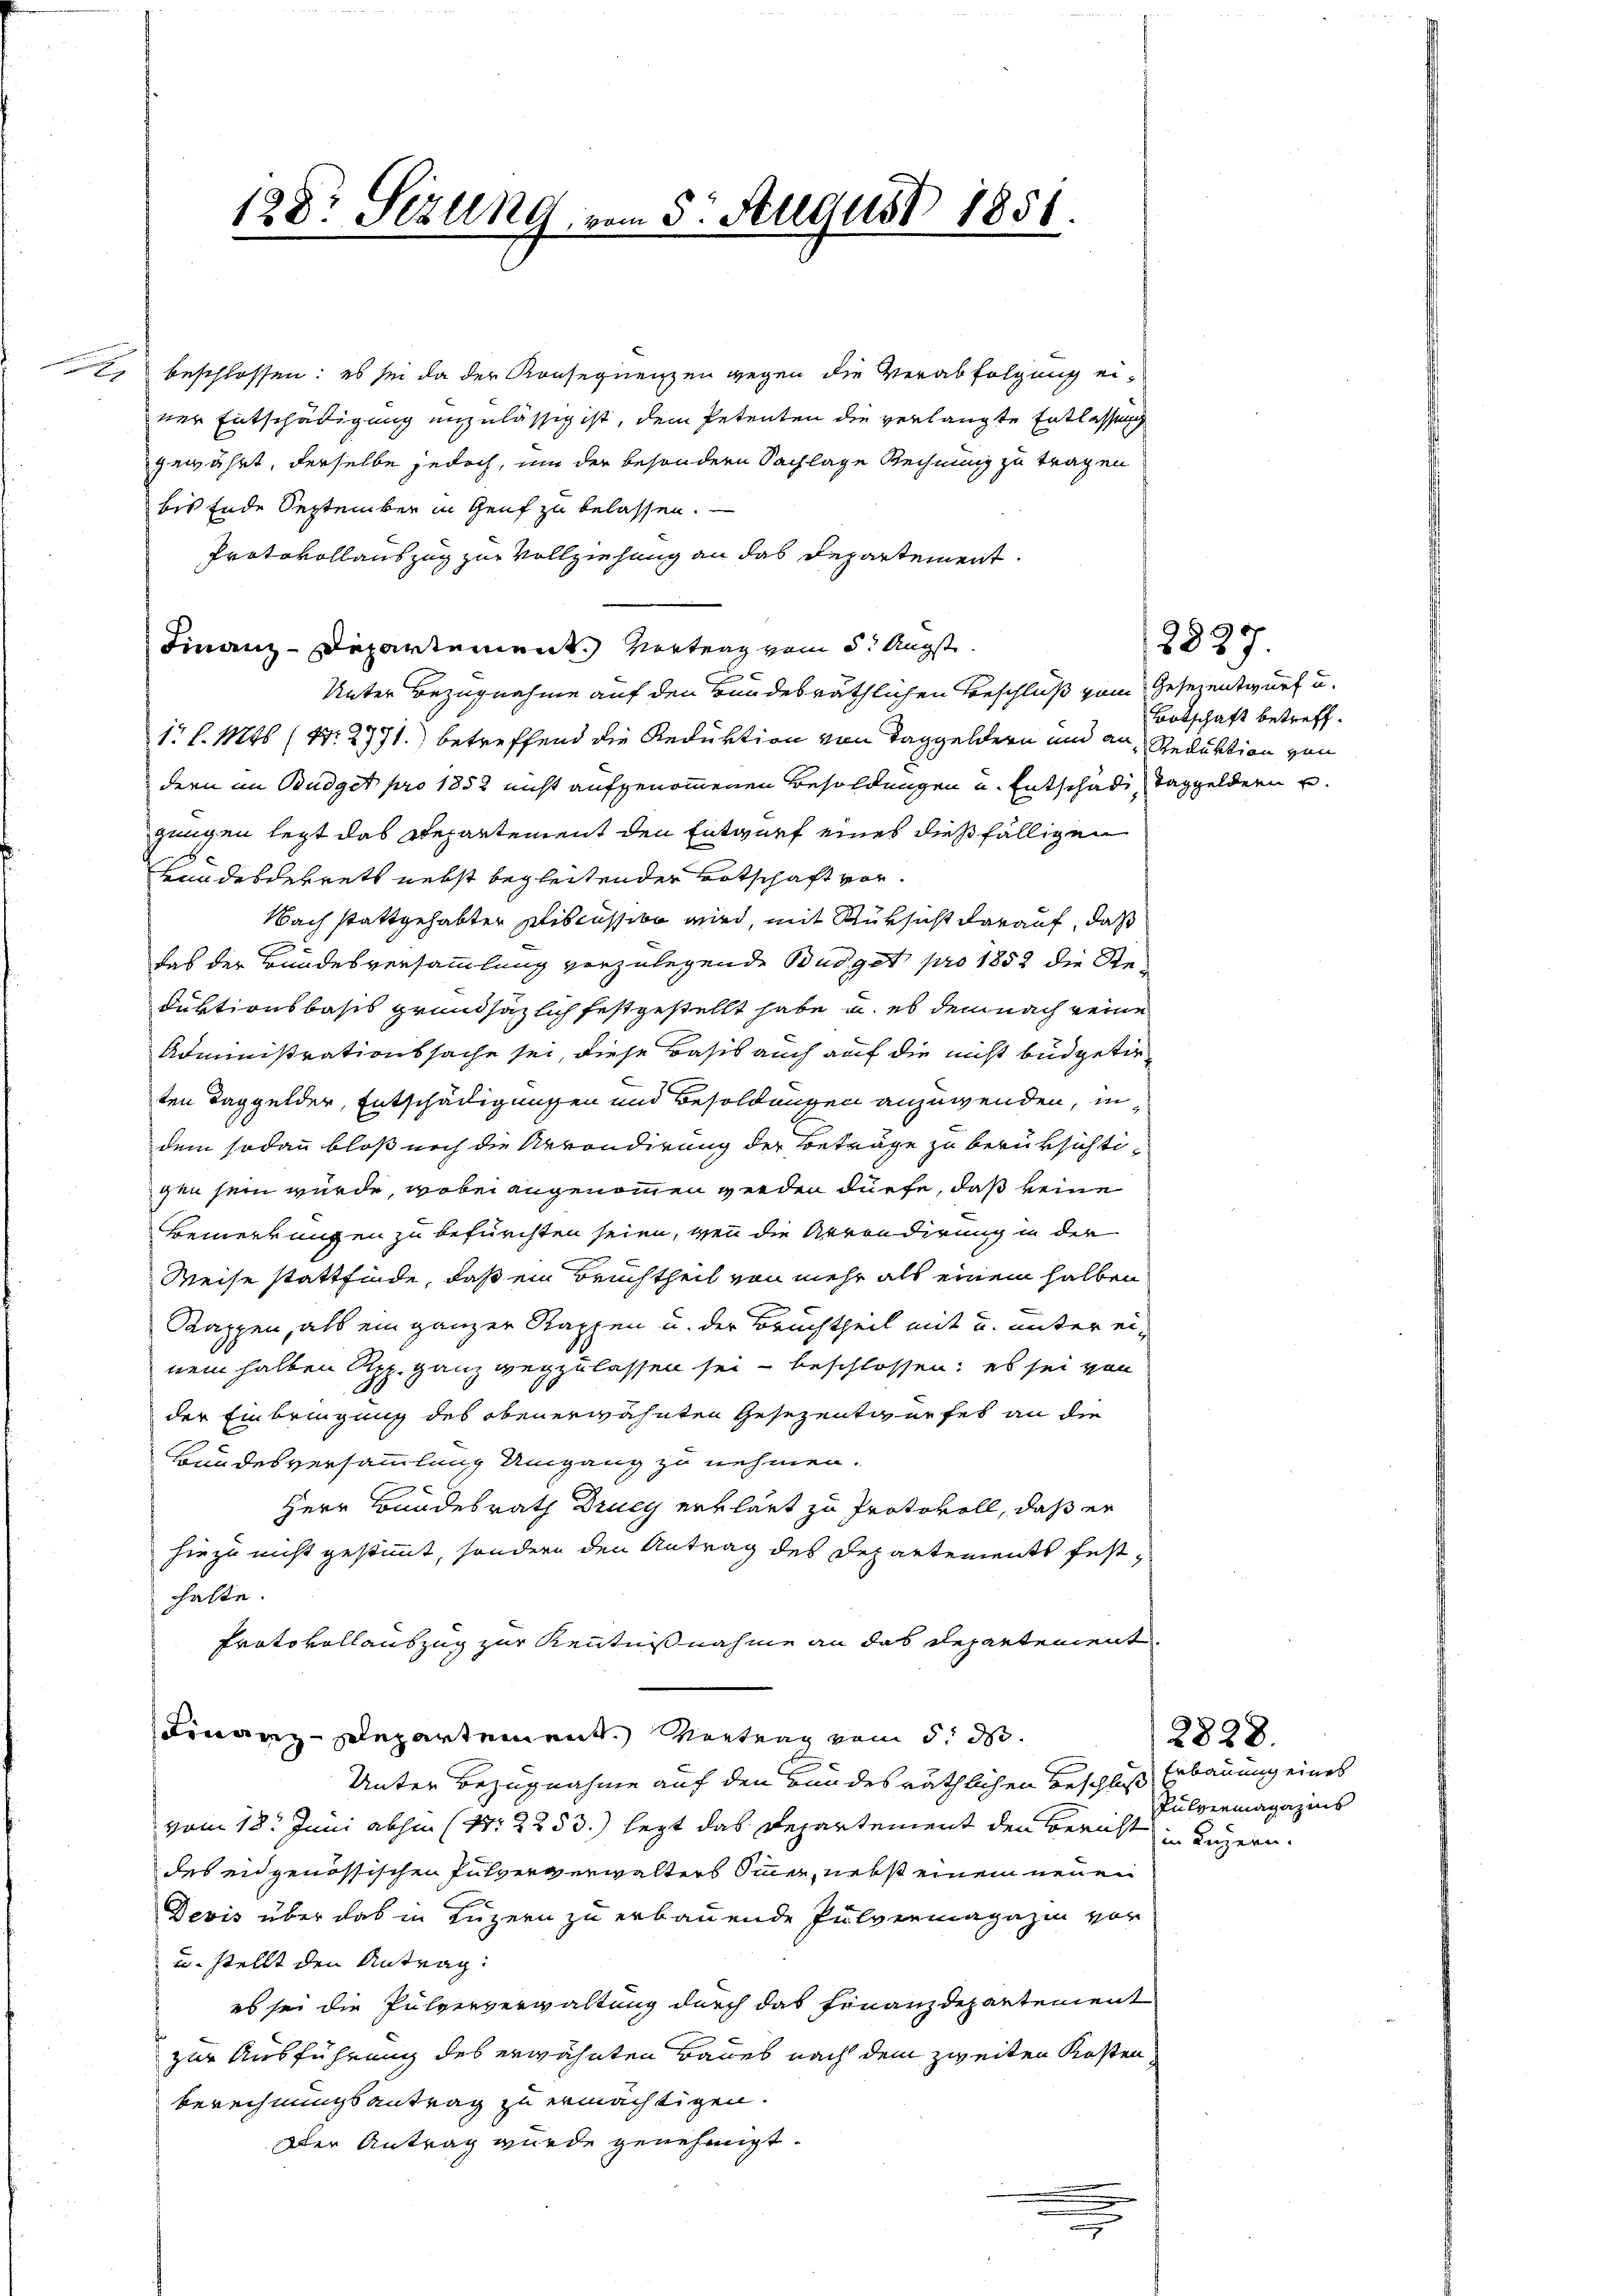
2 beschlossen: es sei da der Konsequenzen gegen die Verabfolgung eiiner Entschädigung unzulässig ist, dem Petenten die verlangte Entlassung
gewährt, derselbe jedoch, um der besondern Sachlage Rechnung zu tragen
bis Ende September in Genf zu belassen. —
Protokollauszug zur Vollziehung an das Departement
Finanz-Departement. Vertrag vom 3. Augst¬
Unter Bezugnahme auf den Bundesräthlichen Beschluß vom Gesezentwurf u.
1 l. Mts. (Nr. 2771) betreffend die Reduktion von Taggeldern und an Reduktion von
dern im Budget pro 1858 nicht aufgenommenen Besoldungen u. Entschädi Taggeldern u.
gingen legt das Departement den Entwurf eines dießfälligen
Gnadesdekrets nebst begleitender Botschaft vor¬
Nach stattgehabter Pliscussion wird, mit Rüksicht darauf, daß
das der Bundesversammlung vorzulegende Budget pro 1852 die Reduktionsbasis grundsätzlich festgestellt habe, u. es dem nach eine
Administrationssache sei, diese Basis auch auf die nicht büdgetirten Taggelder, Entschädigungen und Besoldungen anzuwenden, indem sodann bloß noch die Arrondirung der Beträge zu berüksichtigen sein würde, wobei angenommen werden dürfe, daß keine
BBemerkungen zu befürchten seien, wenn die Arrondirung in der
Weise stattfinde, daß ein Bruchtheil von mehr als einem halben
Kappen, als ein ganzer Rappen u. der Bruchtheil mit u. unter einem halben App. ganz wegzulassen sei beschlossen; es sei von
der Einbringung des obenerwähnten Gesezentwurfes an die
Bundesversammlung Umgang zu nehmen.
Herr Bundesrath Drueg erklärt zu Protokoll, daß er
hiezu nicht gestimmt, sondern den Antrag des Departements festhalte.
Protokollauszug zur Kenntnißnahme an das Departement
Finanz-Departement. Vortrag vom 5. d.
Unter Bezugnahme auf den Bundesräthlichen Beschluß Erbauung eines
vom 18. Juni abhin (S. 2253.) lezt das Departement den Berichts Jugendes eidgenössischen Pulververwalters Sinner, nebst einem neuen
Devis über das in Luzern zu erbauende Pulvermagazin vor
u. stellt den Antrag:
es sei die Pulververwaltung durch das Finanzdepartement
zur Ausführung des erwähnten Baues nach dem zweiten Kosten
Berechnungsantrag zu ermächtigen.
Der Antrag wurde genehmigt.
.

128: Sezung vom 5. August 1851.

2827.
Botschaft betreff.

Pulvermagazins

2828.